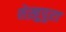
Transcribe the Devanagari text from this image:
शेख़ुपुरा